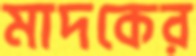
মাদকের